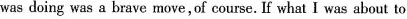
was doing was a brave move,of course. If what I was about to